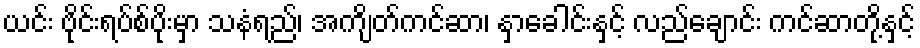
ယင်း ဗိုင်းရပ်စ်ပိုးမှာ သနံရည်၊ အကျိတ်ကင်ဆာ၊ နှာခေါင်းနှင့် လည်ချောင်း ကင်ဆာတို့နှင့်